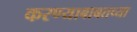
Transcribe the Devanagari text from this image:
करण्याबाबतच्या